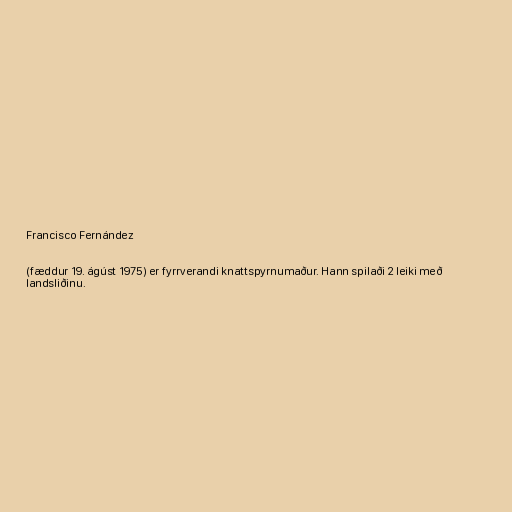
Francisco Fernández

(fæddur 19. ágúst 1975) er fyrrverandi knattspyrnumaður. Hann spilaði 2 leiki með
landsliðinu.